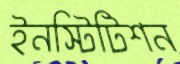
ইনস্টিটিশন